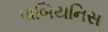
પાબિયનિસ